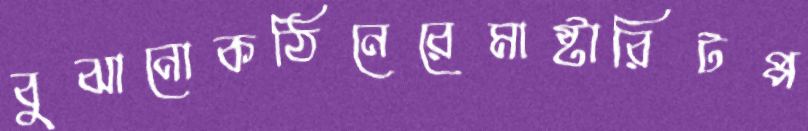
বুঝানোকঠিনেরেমাষ্টারিটপ্প